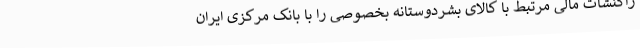
راکنشات مالی مرتبط با کالای بشردوستانه بخصوصی را با بانک مرکزی ایران